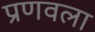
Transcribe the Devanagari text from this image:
प्रणवला